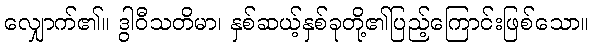
လျှောက်၏။ ဒွါဝီသတိမာ၊ နှစ်ဆယ့်နှစ်ခုတို့၏ပြည့်ကြောင်းဖြစ်သော။